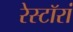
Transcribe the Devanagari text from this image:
रेस्टॉरां